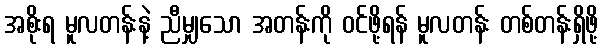
အစိုးရ မူလတန်းနဲ့ ညီမျှသော အတန်းကို ဝင်ဖို့ရန် မူလတန်း တစ်တန်းရှိဖို့